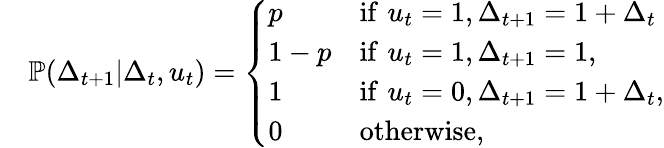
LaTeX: \begin{array}{rl}&{\mathbb{P}(\Delta_{t+1}|\Delta_{t},u_{t})=\left\{ \begin{array}{ll}{p}&{\mathrm{if}\, \, u_{t}=1,\Delta_{t+1}=1+\Delta_{t}}\\ {1-p}&{\mathrm{if}\, \, u_{t}=1,\Delta_{t+1}=1,}\\ {1}&{\mathrm{if}\, \, u_{t}=0,\Delta_{t+1}=1+\Delta_{t},}\\ {0}&{\mathrm{otherwise},}\end{array}\right.}\end{array}